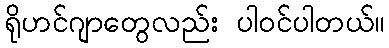
ရိုဟင်ဂျာတွေလည်း ပါဝင်ပါတယ်။